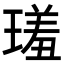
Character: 𤨩